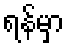
ရန်မှာ